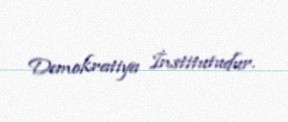
Demokratiya İnstitutudur.